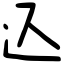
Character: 込